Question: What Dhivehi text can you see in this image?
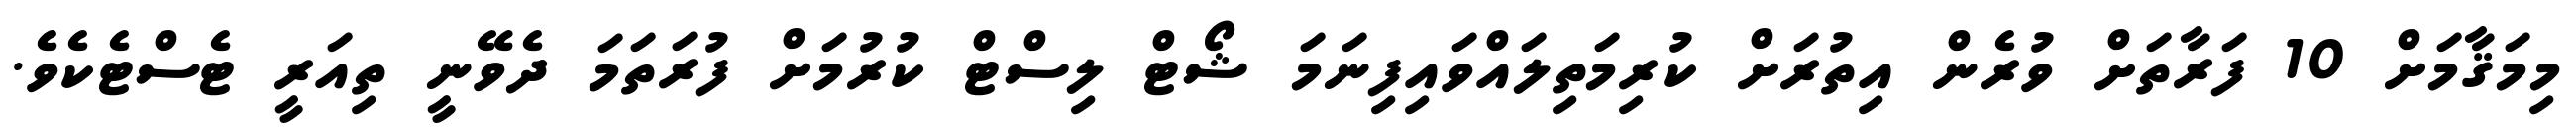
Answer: މިމަޤާމަށް 10 ފަރާތަށް ވުރެން އިތުރަށް ކުރިމަތިލައްވައިފިނަމަ ޝޯޓް ލިސްޓް ކުރުމަށް ފުރަތަމަ ދެވޭނީ ތިއަރީ ޓެސްޓެކެވެ.